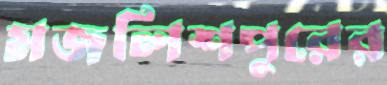
মজলিশপুরের